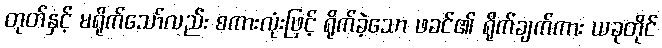
တုတ်နှင့် မရိုက်သော်လည်း စကားလုံးဖြင့် ရိုက်ခဲ့သော ဖခင်၏ ရိုက်ချက်ကား ယခုတိုင်